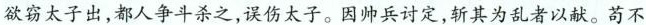
欲窃太子出，都人争斗杀之，误伤太子。因帅兵讨定，斩其为乱者以献。苟不